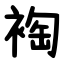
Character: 裪